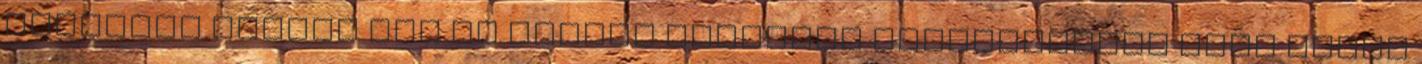
adminbit Sajnos van az örökös adminbit tulajdonosok közt olyan